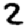
Digit: 2